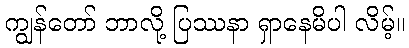
ကျွန်တော် ဘာလို့ ပြဿနာ ရှာနေမိပါ လိမ့်။